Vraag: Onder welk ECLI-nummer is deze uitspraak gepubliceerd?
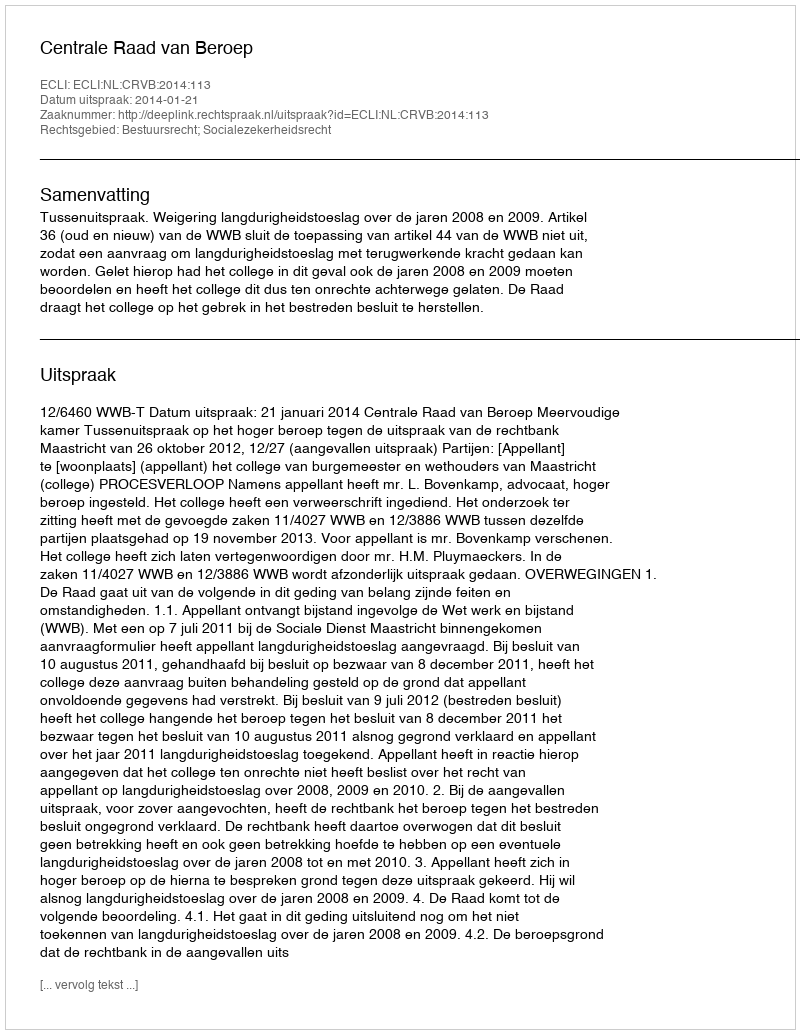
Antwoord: ECLI:NL:CRVB:2014:113